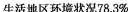
生活地区环境状况78.3%